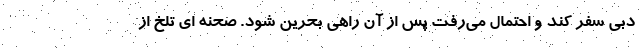
دبی سفر کند و احتمال می‌رفت پس از آن راهی بحرین شود. صحنه ای تلخ از